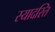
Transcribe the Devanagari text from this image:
स्यादस्ति